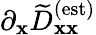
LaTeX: \partial_{\mathbf{x}}\widetilde{{D}}_{\mathbf{x}\mathbf{x}}^{\textrm{{(est)}}}